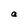
Character: a